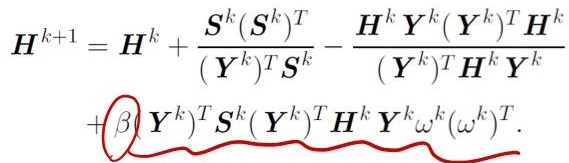
\[
\begin{align*}
\boldsymbol{H}^{k + 1} &= \boldsymbol{H}^{k} + \frac{\boldsymbol{S}^{k} (\boldsymbol{S}^{k})^{T}}{(\boldsymbol{Y}^{k})^{T} \boldsymbol{S}^{k}} - \frac{\boldsymbol{H}^{k} \boldsymbol{Y}^{k} (\boldsymbol{Y}^{k})^{T} \boldsymbol{H}^{k}}{(\boldsymbol{Y}^{k})^{T} \boldsymbol{H}^{k} \boldsymbol{Y}^{k}} \\
&+ \beta \boldsymbol{Y}^{k})^{T} \boldsymbol{S}^{k} (\boldsymbol{Y}^{k})^{T} \boldsymbol{H}^{k} \boldsymbol{Y}^{k} \boldsymbol{\omega}^{k} (\boldsymbol{\omega}^{k})^{T}.
\end{align*}
\]